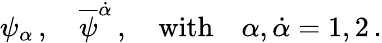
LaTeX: \psi_{\alpha}\, ,\quad{\overline{{\psi}}}^{\dot{\alpha}}\, ,\quad\mathrm{with}\quad\alpha,{\dot{\alpha}}=1,2\, .